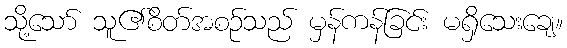
သို့သော် သူ၏စိတ်အစဉ်သည် မှန်ကန်ခြင်း မရှိသေးချေ။